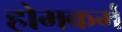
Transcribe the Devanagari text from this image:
होमकर्म